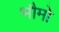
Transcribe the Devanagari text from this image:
भौमो